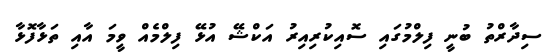
ސިދާރްތު ބުނީ ފިލްމުގައި ސޮއިކުރިއިރު އަކްޝޭ އުޅޭ ފިލްމެއް ވީމަ އާއި ތަޅާފޮޅާ